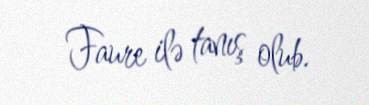
Faure ilə tanış olub.